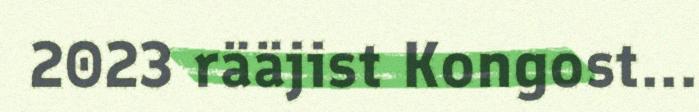
2023 rääjist Kongost...